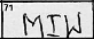
Transcription: MIW